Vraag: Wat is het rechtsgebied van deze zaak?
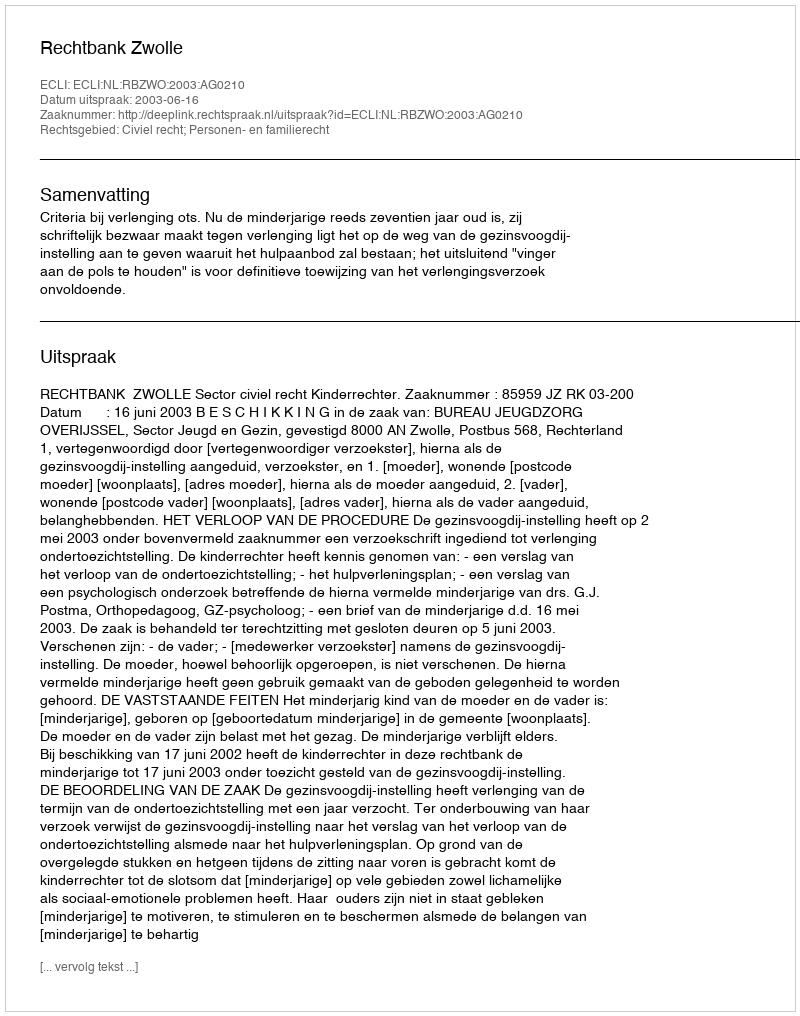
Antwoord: Civiel recht; Personen- en familierecht